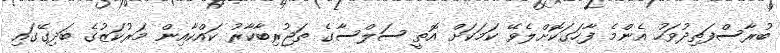
ބުރާސްފަތިދުވަހު އެންމެ ފާހަގަކޮށްލެވޭ ކަމަކަށް އޮތީ ސަލްސާގެ ތަޖުރިބާކާރު ކައްކާއިން މަރުކަޒުގެ ބަދިގޭގައި